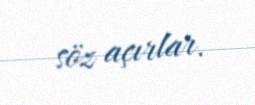
söz açırlar.